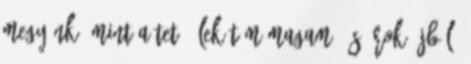
megyünk, mint a tetű, lekötöm magam, és írok újból: